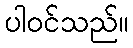
ပါဝင်သည်။